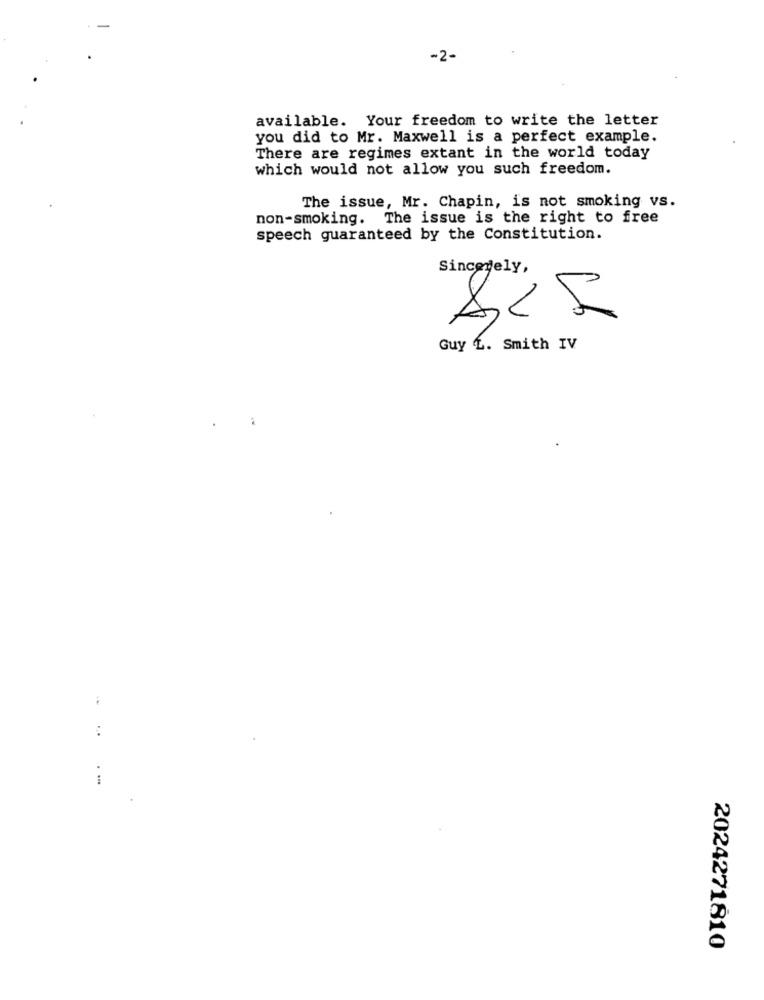
-2-
available. Your freedom to write the letter
you did to Mr. Maxwell is a perfect example.
There are regimes extant in the world today
which would not allow you such freedom.
The issue, Mr. Chapin, is not smoking vs.
non-smoking. The issue is the right to free
speech guaranteed by the Constitution.
Sincerely,
Guy L. Smith IV
2024271810